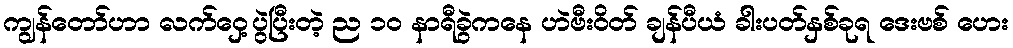
ကျွန်တော်ဟာ လက်ဝှေ့ပွဲပြီးတဲ့ ည ၁၀ နာရီခွဲကနေ ဟဲဗီးဝိတ် ချန်ပီယံ ခါးပတ်နှစ်ခုရ ဒေးဗစ် ဟေး